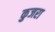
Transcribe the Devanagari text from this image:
कुजरा